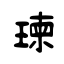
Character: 瑓